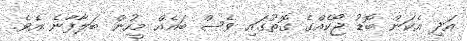
އަދި އެކަން ބޮޑު ޖޯކެއްގެ ގޮތުގައި ވެސް ބައެއް މީހުން ބަލާފާނެ އެވެ.